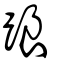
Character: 踉